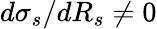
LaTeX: d\sigma_{s}/dR_{s}\neq 0